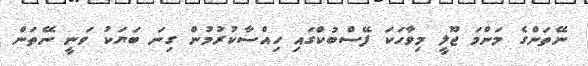
ނޭތަންގެ މަންމަ ޖޫލީ މިވާހަކަ ފޭސްބުކްގައި ހިއްސާކުރުމުން ގިނަ ބަޔަކު ވަނީ ނޭތަން